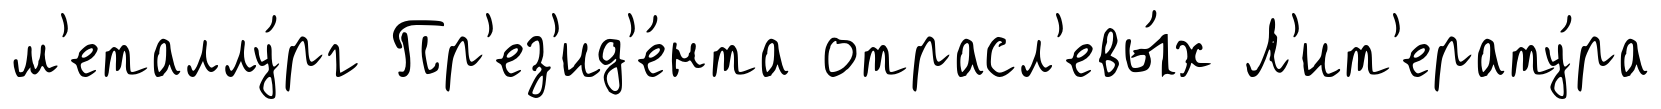
м'еталлу́рг Пр'ез'ид'е́нта отрасл'евы́х Л'ит'ерату́ра